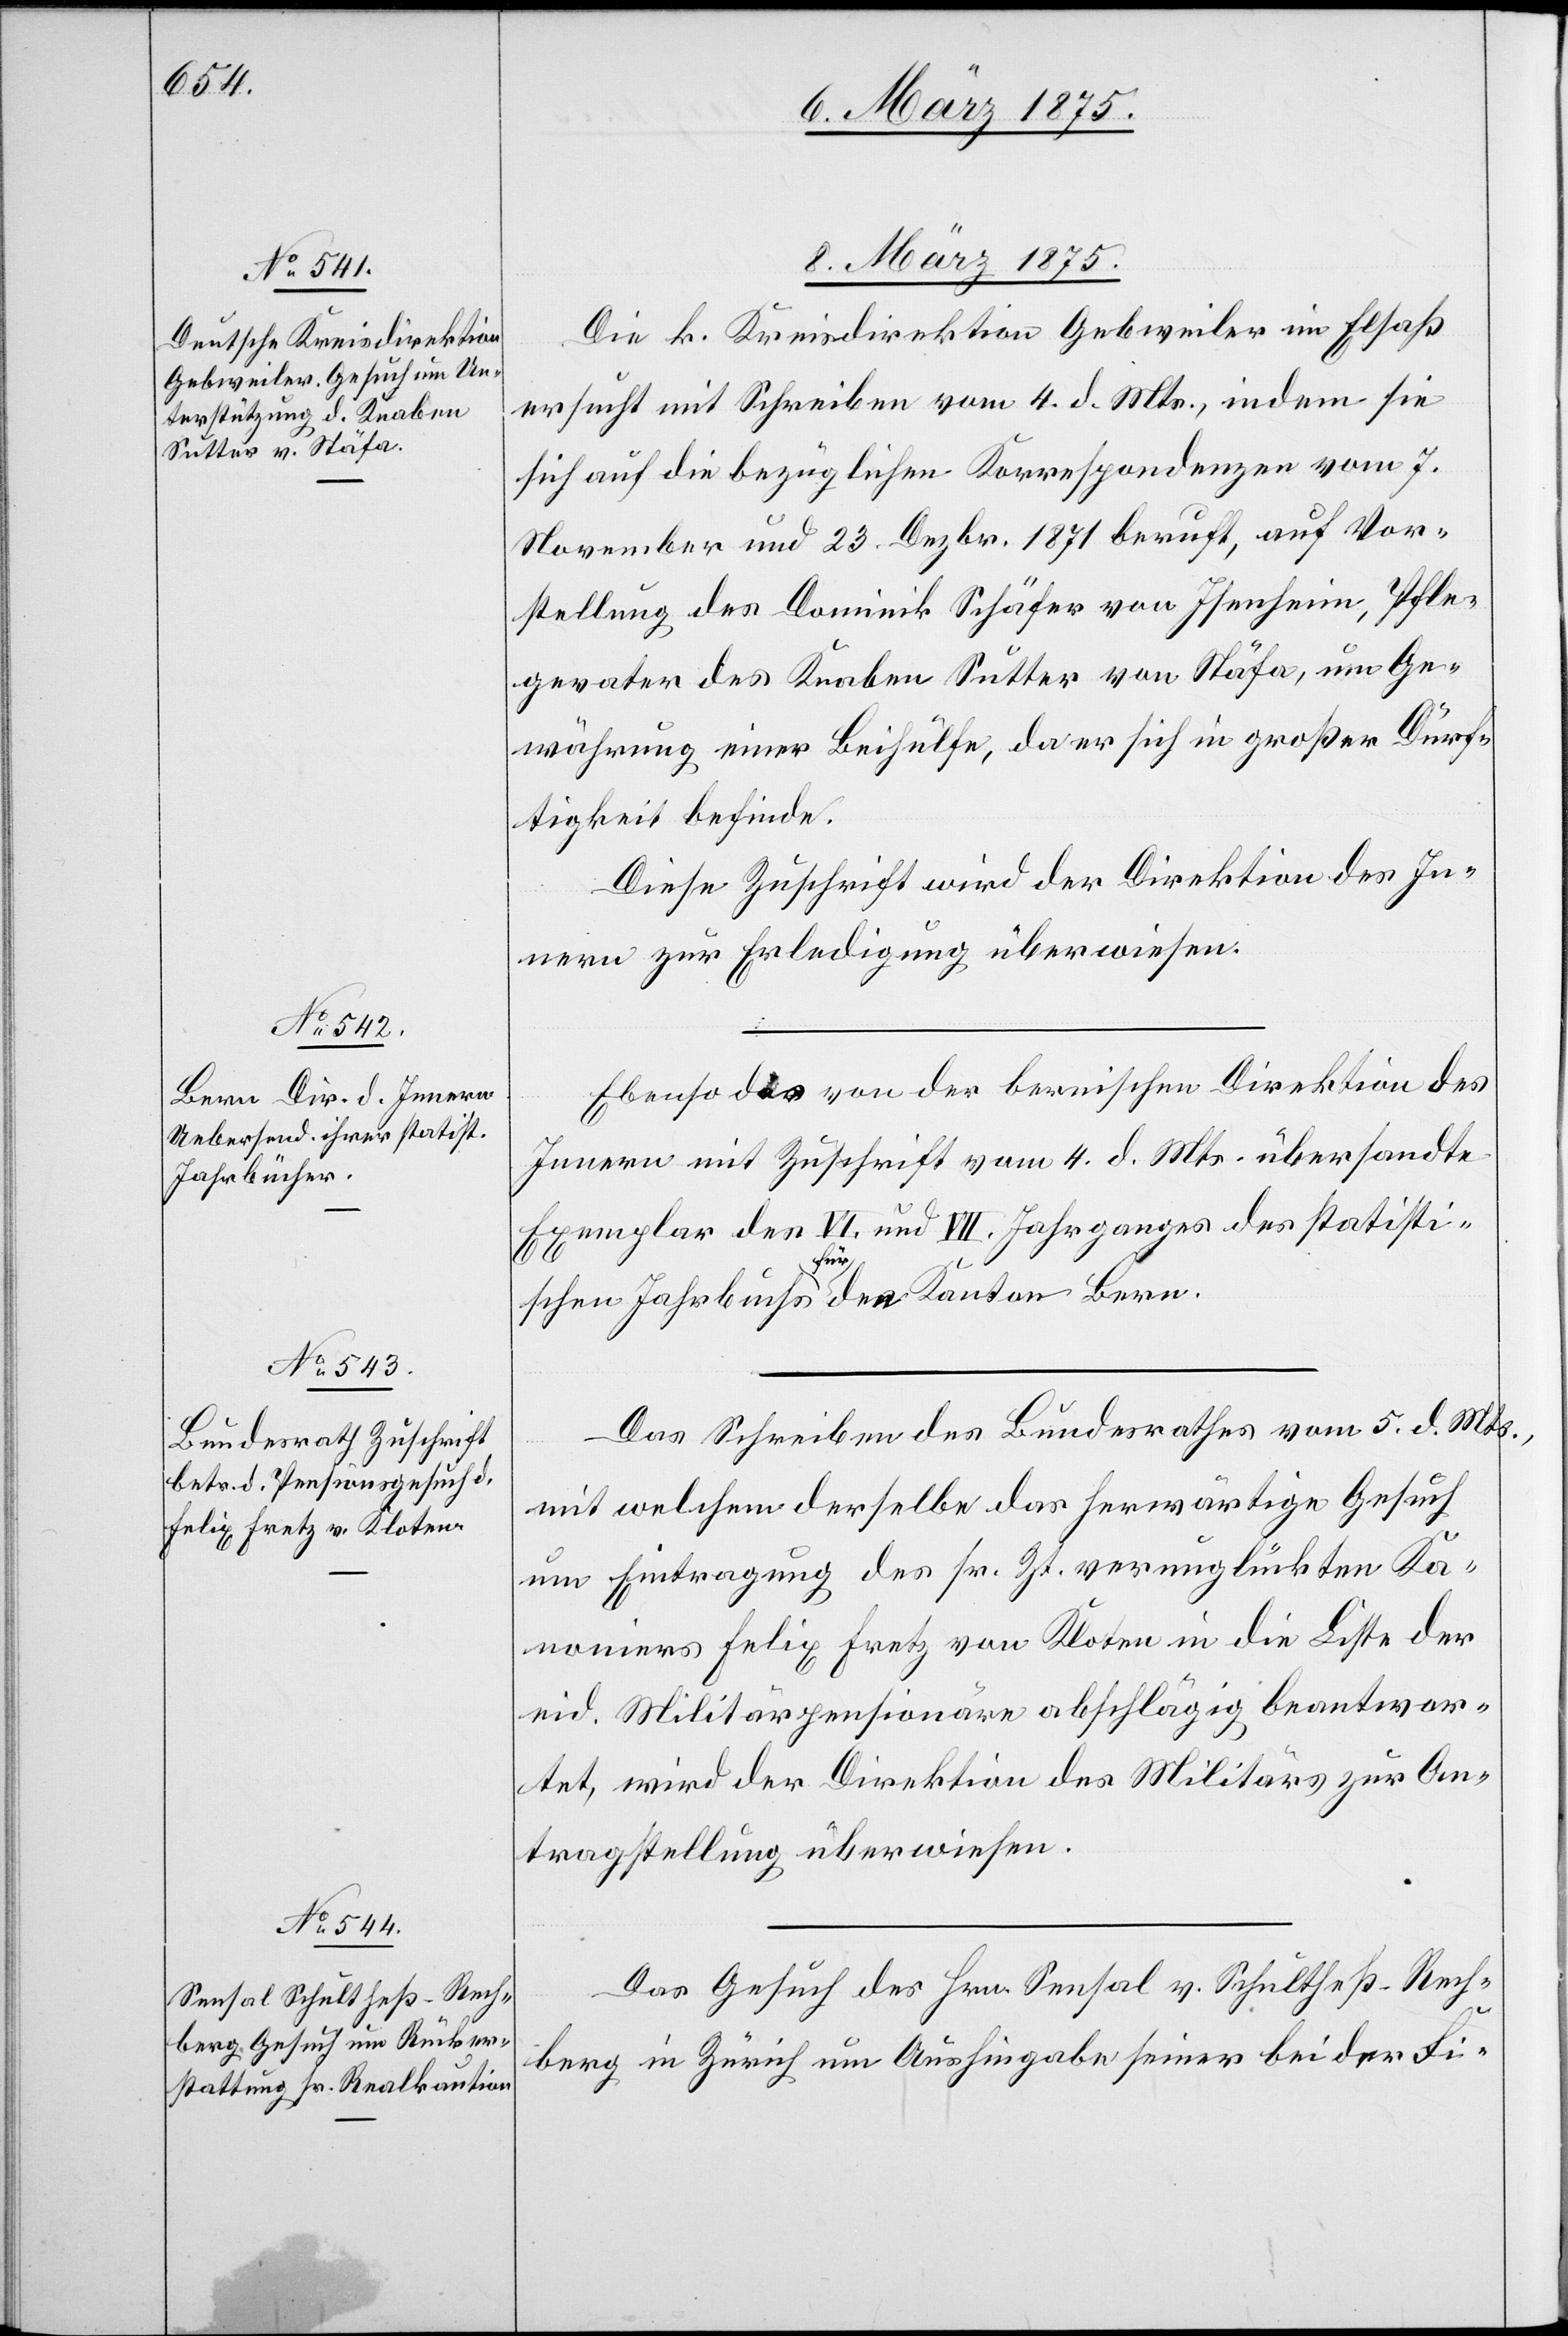
Jahrbuchs

8. März 1875.]
Die Kreisdirektion Gebweiler im Elsaß
ersucht mit Schreiben vom 4. d. Mts., indem sie
sich auf die bezüglichen Korrespondenzen vom 7.
November und 23. Dezbr. 1871 beruft, auf Vor¬
stellung des Dominik Schäfer von Isenheim, Pfle¬
gevater des Knaben Sutter von Stäfa, um Ge¬
währung einer Beihülfe, da er sich in großer Dürf¬
tigkeit befinde.
Diese Zuschrift wird der Direktion des In¬
nern zur Erledigung überwiesen.
Ebenso das von der bernischen Direktion des
Innern mit Zuschrift vom 4. d. Mts. übersandte
Exemplar des VI und VII Jahrganges des statisti¬
Bern.
Das Schreiben des Bundesrathes vom 5. d. Mts.,
mit welchem derselbe das herwärtige Gesuch
um Eintragung des sr. Zt. verunglückten Ka¬
noniers Felix Fretz von Kloten in die Liste der
eid. Militärpensionäre abschlägig beantwor¬
tet, wird der Direktion des Militärs zur An¬
tragstellung überwiesen
Das Gesuch des Hrn. Sensal v. Schultheß-Rech¬
berg in Zürich um Aushingabe seiner bei der Fi-